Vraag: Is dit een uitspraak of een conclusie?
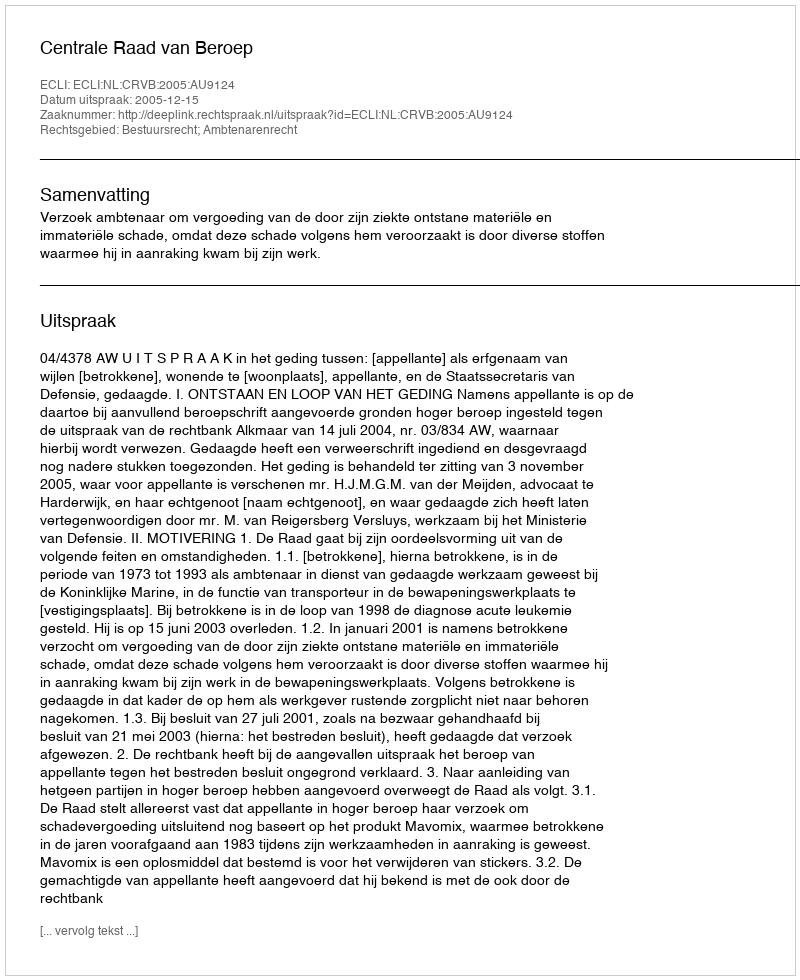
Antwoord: Uitspraak